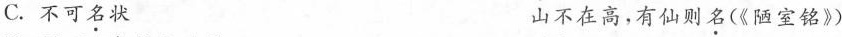
C.不可名状 山不在高，有仙则名(《陋室铭》)